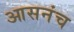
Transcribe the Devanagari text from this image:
आसनंच